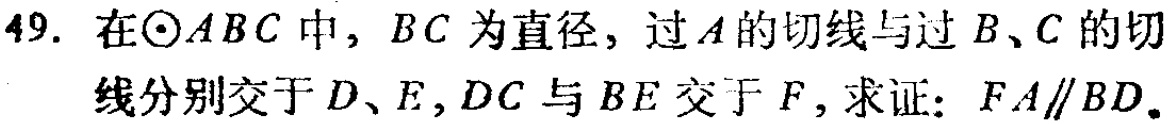
在\(\odot ABC\)中，\(BC\)为直径，过\(A\)的切线与过\(B\)、\(C\)的切线分别交于\(D\)、\(E\)，\(DC\)与\(BE\)交于\(F\)，求证：\(FA\parallel BD\)。